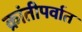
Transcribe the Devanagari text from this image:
क्रांतीपर्वात